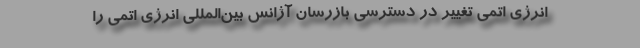
انرژی اتمی تغییر در دسترسی بازرسان آژانس بین‌المللی انرژی اتمی را